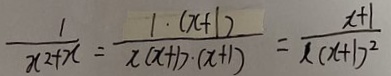
\frac { 1 } { x ^ { 2 } + x } = \frac { 1 \cdot ( x + 1 ) } { x ( x + 1 ) ( x + 1 ) } = \frac { x + 1 } { x ( x + 1 ) ^ { 2 } }